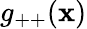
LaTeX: g_{++}(\mathbf{x})